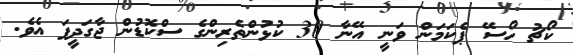
ކޯޗު ހޯސޭ ޕެކަމަން ވަނީ އޭނާ 30 ކުޅުންތެރިންގެ ސްކޮޑުން ޖާގަދީފަ އެވެ.